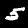
Digit: 5